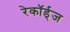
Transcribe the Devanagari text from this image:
रेकॉर्ड्‌ज